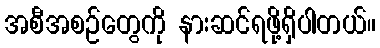
အစီအစဉ်တွေကို နားဆင်ရဖို့ရှိပါတယ်။